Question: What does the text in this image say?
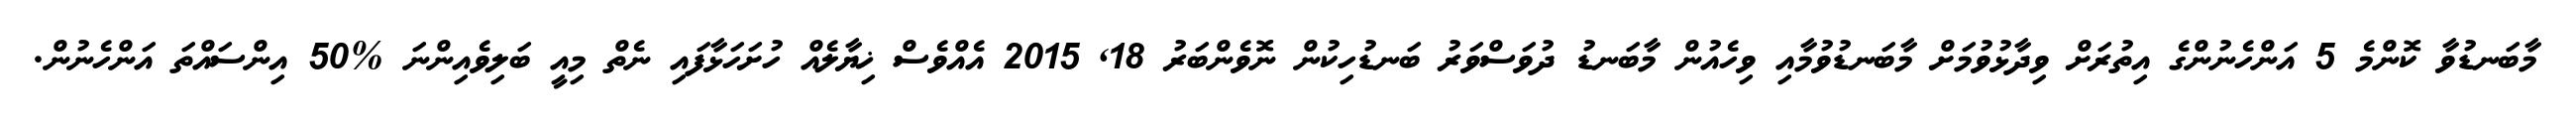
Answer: މާބަނޑުވާ ކޮންމެ 5 އަންހެނުންގެ އިތުރަށް ވިދާޅުވުމަށް މާބަނޑުވުމާއި ވިހެއުން މާބަނޑު ދުވަސްވަރު ބަނޑުހިކުން ނޮވެންބަރު 18, 2015 އެއްވެސް ޚިޔާލެއް ހުށަހަޅާފައި ނެތް މިއީ ބަލިވެއިންނަ %50 އިންސައްތަ އަންހެނުން.